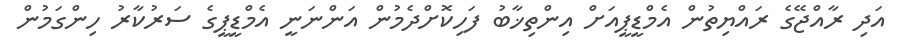
އަދި ރާއްޖޭގެ ރައްޔިތުން އެމްޑީޕީއަށް އިންތިޚާބު ފަހިކޮށްދެމުން އަންނަނީ އެމްޑީޕީގެ ސަރުކާރު ހިންގަމުން